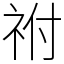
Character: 祔